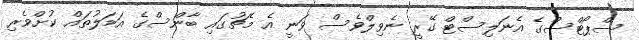
ސްޕޯޓްސްގެ އެނަލިސްޓް ގޭރީ ނެވިލްވެސް ވަނީ އެ މެޗުގައި ބާންސްގެ އަމަލުތައް ކުށްވެރި